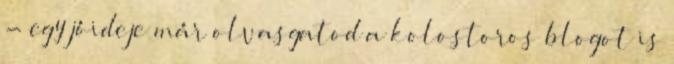
- egy jóideje már olvasgatod a kolostoros blogot is